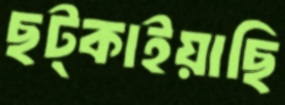
ছট্‌কাইয়াছি